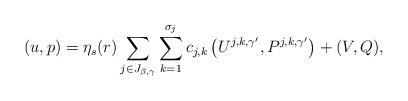
LaTeX: \begin{align*} (u,p) = \eta_s(r) \sum_{j \in J_{\beta,\gamma}} \sum_{k=1}^{\sigma_j} c_{j,k}\, \big( U^{j,k,\gamma'}, P^{j,k,\gamma'}\big) + (V,Q),\end{align*}